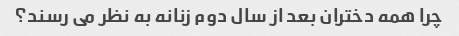
چرا همه دختران بعد از سال دوم زنانه به نظر می رسند؟